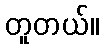
တူတယ်။